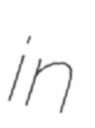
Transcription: in